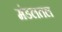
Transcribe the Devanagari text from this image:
मंडलतल